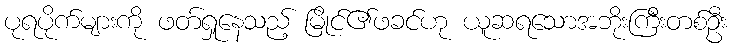
ပုရပိုက်များကို ဖတ်ရှုနေသည့် မြိုင်၏ဖခင်ဟု ယူဆရသောအဘိုးကြီးတစ်ဦး